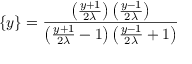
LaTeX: \{ y \} = \frac { \left( \frac { y + 1 } { 2 \lambda } \right) \left( \frac { y - 1 } { 2 \lambda } \right) } { \left( \frac { y + 1 } { 2 \lambda } - 1 \right) \left( \frac { y - 1 } { 2 \lambda } + 1 \right) }